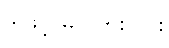
ဒါဖြင့် မလှဘူးလား